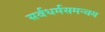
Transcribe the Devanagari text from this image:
सर्वधर्मसमन्वय